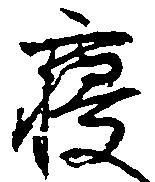
寝